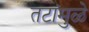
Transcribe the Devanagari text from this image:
तटांमुळे